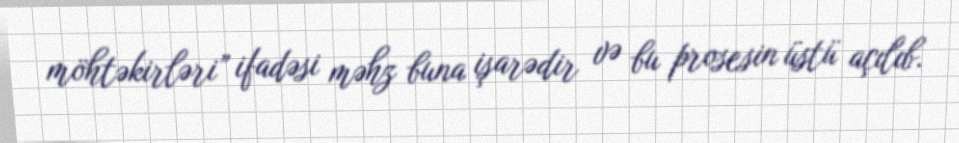
möhtəkirləri” ifadəsi məhz buna işarədir və bu prosesin üstü açılıb.